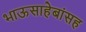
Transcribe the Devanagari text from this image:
भाऊसाहेबांसह